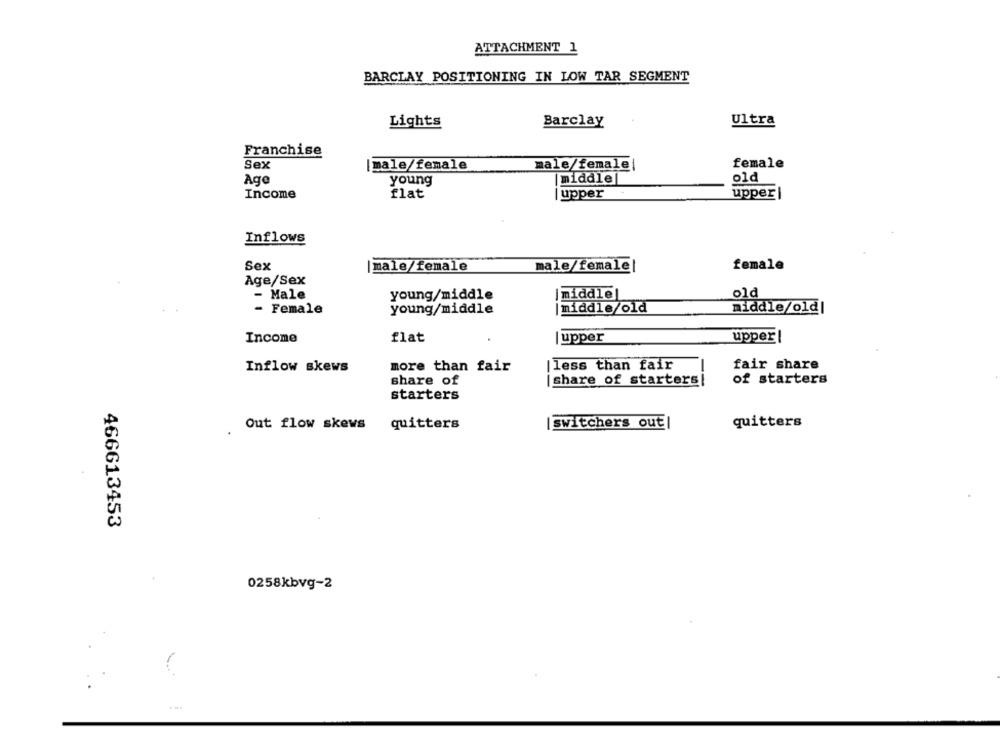
ATTACHMENT 1
BARCLAY POSITIONING IN LOW TAR SEGMENT
Lights
Barclay
Ultra
Franchise
Sex
|male/female
male/female
female
Ago
young
middle
old
Income
flat
| upper
upperi
Inflows
Sex
male/female
male/female|
female
Age/Sex
old
Male
young/middle
|middle!
-
Female
young/middle
|middle/old
middle/old|
Income
flat
upper!
upper
Inflow skews
more than fair
|less than fair
fair share
share of
| share of starters
of starters
starters
Out flow skews
quitters
|switchers out|
quitters
466613453
0258kbvg-2